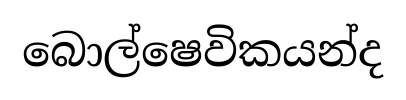
බොල්ෂෙවිකයන්ද